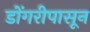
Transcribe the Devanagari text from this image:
डोंगरीपासून